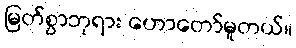
မြတ်စွာဘုရား ဟောတော်မူတယ်။